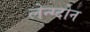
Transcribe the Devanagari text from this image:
लेन्ग्दोन